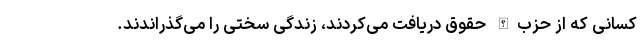
کسانی که از حزب‌الله حقوق دریافت می‌کردند، زندگی سختی را می‌گذراندند.